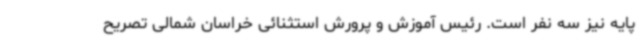
پایه نیز سه نفر است. رئیس آموزش و پرورش استثنائی خراسان شمالی تصریح